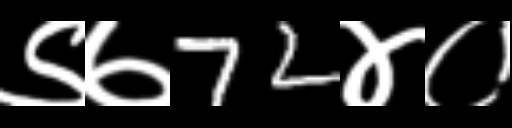
Text: ९७72४०